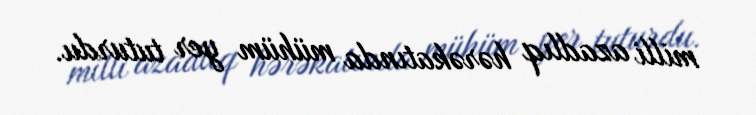
milli azadlıq hərəkatında mühüm yer tuturdu.